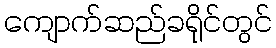
ကျောက်ဆည်ခရိုင်တွင်